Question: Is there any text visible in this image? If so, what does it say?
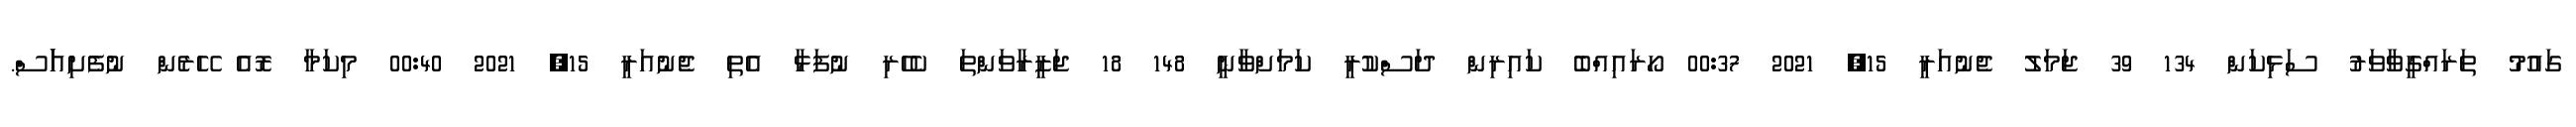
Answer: ގައުމު ތަރައްގީވާވަރު ސަޅިކަން 134 39 ޖަމަލު ޖެނުއަރީ 15, 2021 00:37 ހޯރައިއްބެ ކައިރިން ދަސްކުރީ ކަމަށްވާނީ 148 18 ޖަޒީރާވަންތަ ކެހެރި ނުފަޅާ އެތި ޖެނުއަރީ 15, 2021 00:40 މިކަމާ ރޮއެ ހޭރެން ނުފެށިއަަަސް.